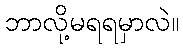
ဘာလို့မရရမှာလဲ။